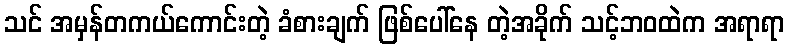
သင် အမှန်တကယ်ကောင်းတဲ့ ခံစားချက် ဖြစ်ပေါ်နေ တဲ့အခိုက် သင့်ဘဝထဲက အရာရာ